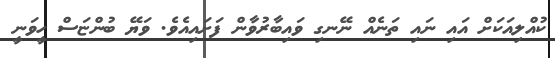
ކުއްލިއަކަށް އައި ނައި ތަނެއް ނޭނގި ވައިބާރުވާން ފަށައިއެވެ. ވަޔޭ ބުންޏަސް ހީވަނީ